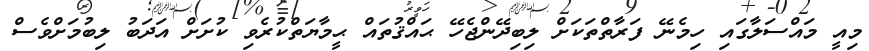
މިއީ މައްސަލާގައި ހިމެނޭ ފަރާތްތަކަށް ލިބިދޭންޖެހޭ ޙައްޤުތައް ޙީމާޔަތްކުރެވި ކުށަށް އަދަބު ލިބުމަށްވެސް